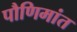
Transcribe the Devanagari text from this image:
पौणिमांत